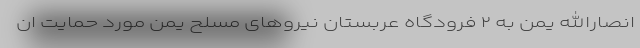
انصارالله یمن به ۲ فرودگاه عربستان نیروهای مسلح یمن مورد حمایت ان